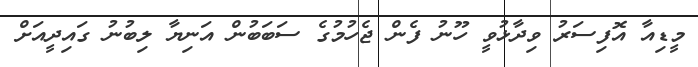
މީޑިއާ އޮފިސަރު ވިދާޅުވީ ހޫނު ފެން ޖެހުމުގެ ސަބަބުން އަނިޔާ ލިބުނު ގައިދީއަށް